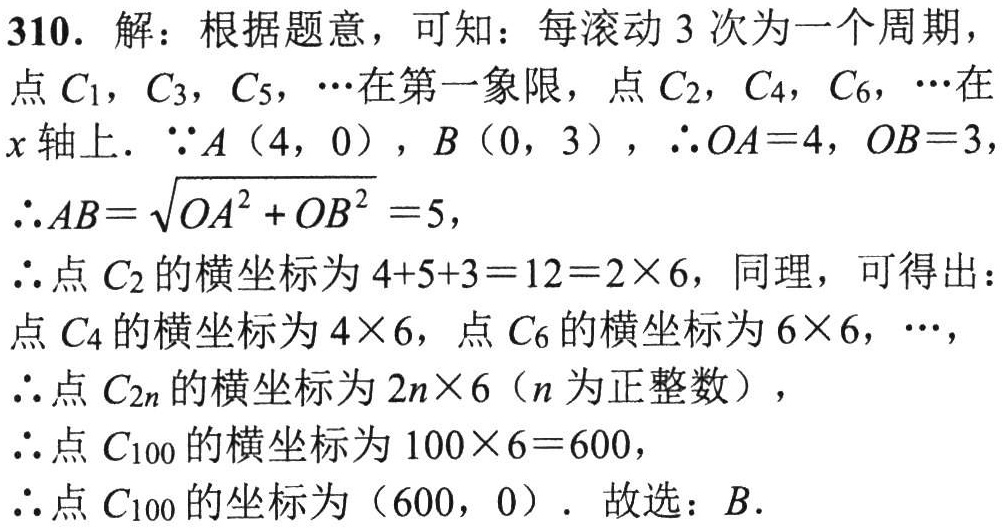
310. 解：根据题意，可知：每滚动 3 次为一个周期，

点\(C_1\)，\(C_3\)，\(C_5\)，\(\cdots\)在第一象限，点\(C_2\)，\(C_4\)，\(C_6\)，\(\cdots\)在\(x\)轴上. \(\because A(4,0)\)，\(B(0,3)\)，\(\therefore OA = 4\)，\(OB = 3\)，

\(\therefore AB=\sqrt{OA^{2}+OB^{2}} = 5\)，

\(\therefore\)点\(C_2\)的横坐标为\(4 + 5+3 = 12 = 2\times6\)，同理，可得出：

点\(C_4\)的横坐标为\(4\times6\)，点\(C_6\)的横坐标为\(6\times6\)，\(\cdots\)，

\(\therefore\)点\(C_{2n}\)的横坐标为\(2n\times6\)（\(n\)为正整数），

\(\therefore\)点\(C_{100}\)的横坐标为\(100\times6 = 600\)，

\(\therefore\)点\(C_{100}\)的坐标为\((600,0)\). 故选：\(B\).